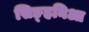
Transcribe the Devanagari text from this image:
सिङ्हनिआ